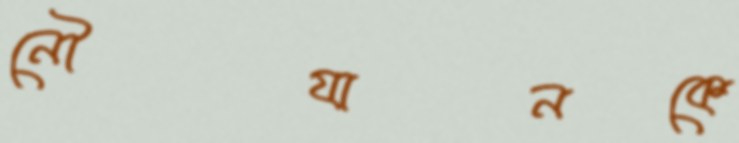
নৌযানকে